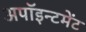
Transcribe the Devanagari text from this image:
अपॉइन्टमेंट